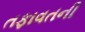
તફાવતની